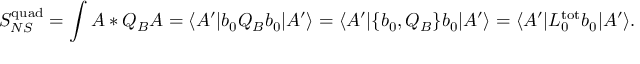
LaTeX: S _ { N S } ^ { \mathrm { q u a d } } = \int A * Q _ { B } A = \langle A ^ { \prime } | b _ { 0 } Q _ { B } b _ { 0 } | A ^ { \prime } \rangle = \langle A ^ { \prime } | \{ b _ { 0 } , Q _ { B } \} b _ { 0 } | A ^ { \prime } \rangle = \langle A ^ { \prime } | L _ { 0 } ^ { \mathrm { t o t } } b _ { 0 } | A ^ { \prime } \rangle .